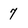
Character: 7